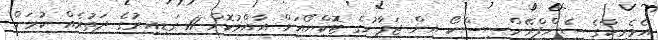
އެމެރިކާގެ ސެންފްރޭންސިސްކޯ އިން ޖަޕާނުގެ ޓޮކްޔޯއަށް އާއްމުކޮށް 11 ގަޑިއިރުގެ ދަތުރެއް ކުރަން